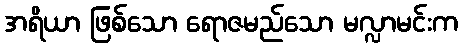
အရိယာ ဖြစ်သော ရောဇမည်သော မလ္လာမင်းက